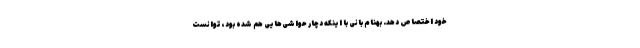
خود اختصاص دهد. بهنام بانی با اینکه دچار حواشی‌هایی هم شده بود، توانست